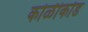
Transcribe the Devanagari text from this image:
कोळीकोड